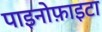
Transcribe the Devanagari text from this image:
पाइनोफ़ाइटा